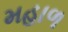
મહાળ